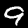
Label: 9